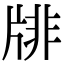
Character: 𤗋